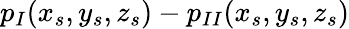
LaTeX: p_{I}(x_{s},y_{s},z_{s})-p_{II}(x_{s},y_{s},z_{s})